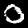
Label: 0